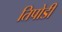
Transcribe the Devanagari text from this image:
तिपोडी